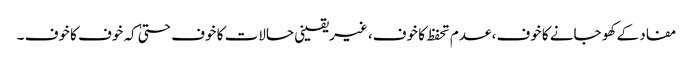
مفاد کے کھو جانے کا خوف، عدم تحفظ کا خوف، غیریقینی حالات کا خوف حتیٰ کہ خوف کا خوف ۔